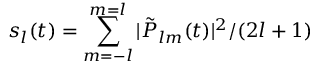
s _ { l } ( t ) = \sum _ { m = - l } ^ { m = l } | \tilde { P } _ { l m } ( t ) | ^ { 2 } / ( 2 l + 1 )